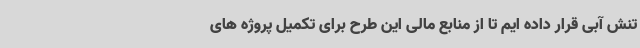
تنش آبی قرار داده ایم تا از منابع مالی این طرح برای تکمیل پروژه های